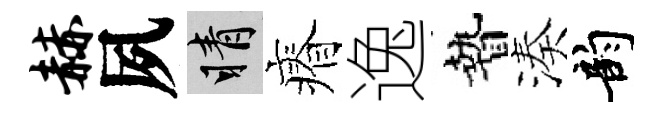
赫夙睛瘠逸贄湊韵